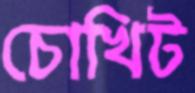
চোখিট